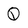
Character: Q